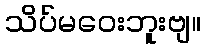
သိပ်မဝေးဘူးဗျ။